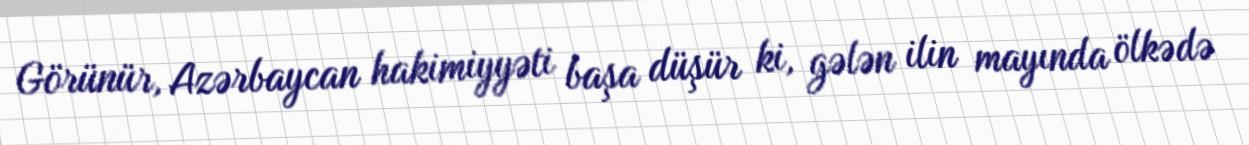
Görünür, Azərbaycan hakimiyyəti başa düşür ki, gələn ilin mayında ölkədə